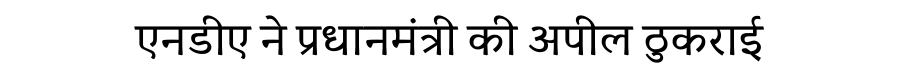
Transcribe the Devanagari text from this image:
एनडीए ने प्रधानमंत्री की अपील ठुकराई